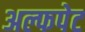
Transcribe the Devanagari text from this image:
अल्फपेट